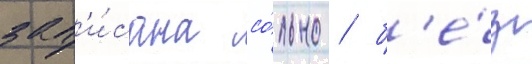
зап'и́сана со́льно / б'е́з